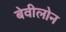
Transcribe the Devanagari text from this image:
बेवीलोन